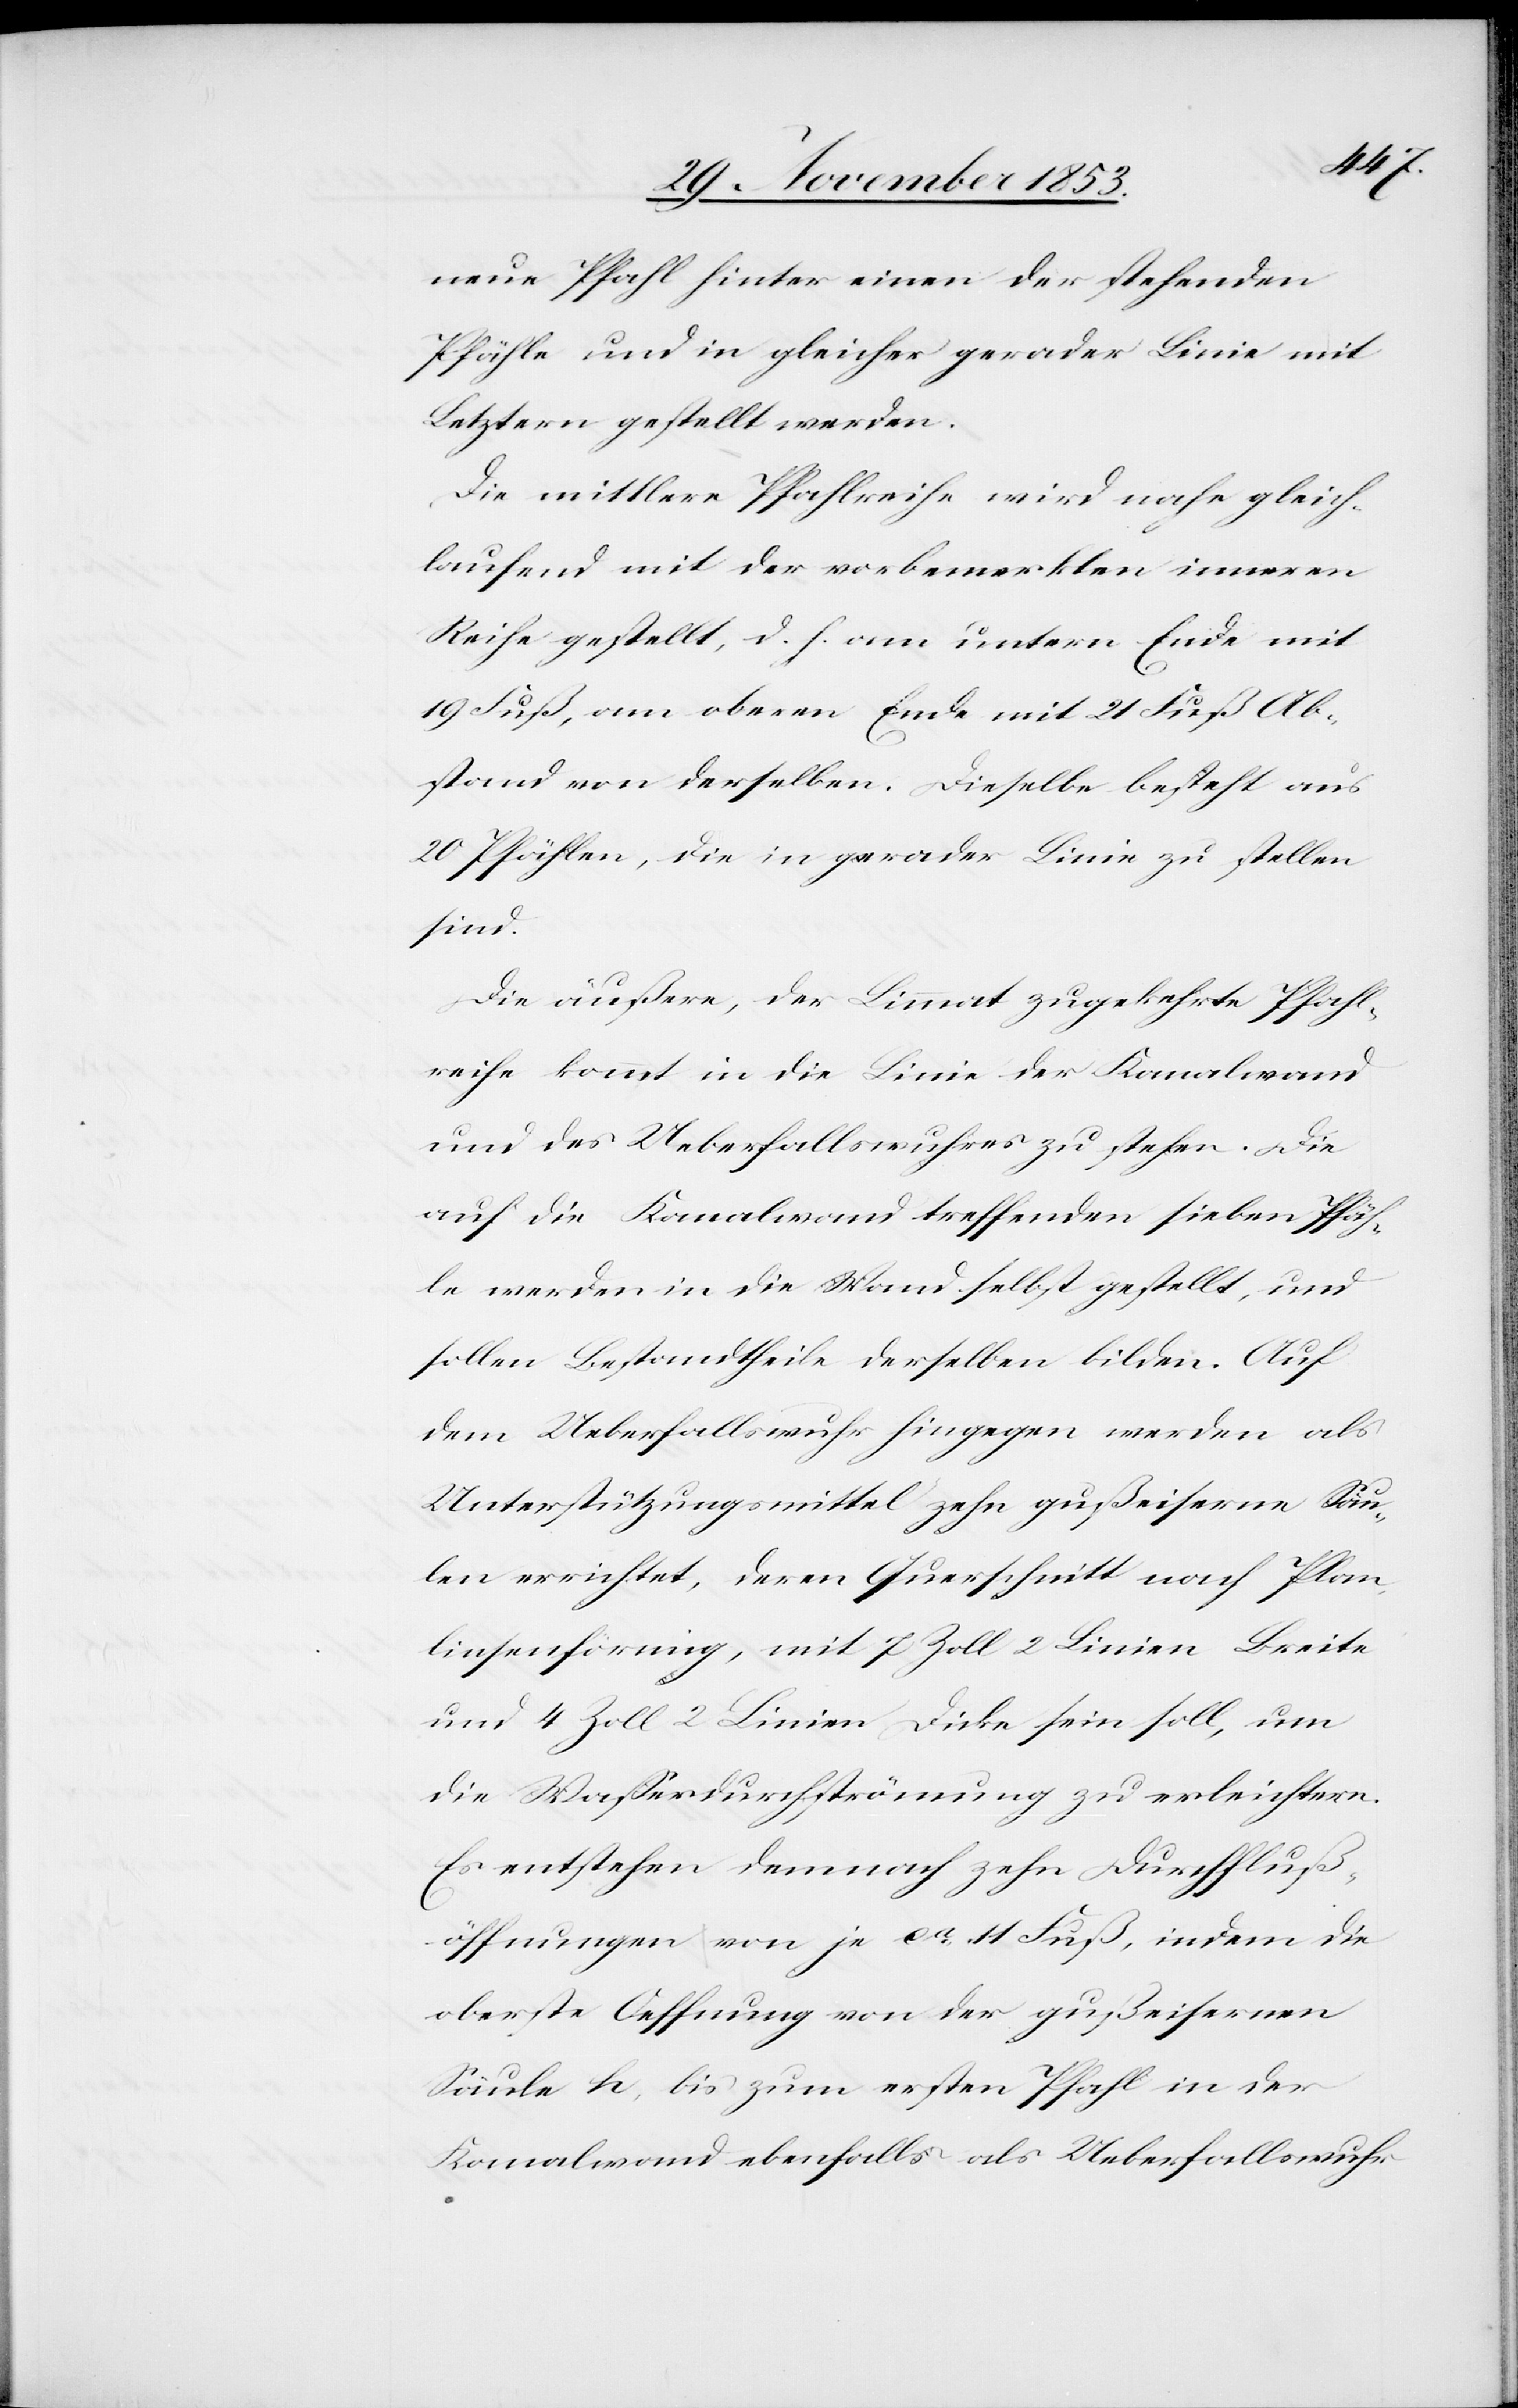
neue Pfahl hinter einen der stehenden
Pfähle und in gleicher gerader Linie mit
Letztern gestellt werden.
Die mittlere Pfahlreihe wird nahe gleich¬
laufend mit der vorbemerkten inneren
Reihe gestellt, d. h. am untern Ende mit
19 Fuß, am obern Ende mit 21 Fuß Ab¬
stand von derselben. Dieselbe besteht aus
20 Pfählen, die in gerader Linie zu stellen
sind.
Die äußere, der Limmat zugekehrte Pfahl¬
reihe kommt in die Linie der Kanalwand
und des Ueberfallwuhres zu stehen. Die
auf die Kanalwand treffenden sieben Pfäh¬
le werden in die Wand selbst gestellt, und
sollen Bestandtheile derselben bilden. Auf
dem Ueberfallswuhr hingegen werden als
Unterstützungsmittel zehn gußeiserne Säu¬
len errichtet, deren Querschnitt nach Plan,
linsenförmig, mit 7 Zoll 2 Linien Breite
und 4 Zoll 2 Linien Dicke sein soll, um
die Waßerdurchströmung zu erleichtern.
Es entstehen demnach zehn Durchfluß¬
öffnungen von je ca 11 Fuß, indem die
oberste Oeffnung von der gußeisernen
Säule h, bis zum ersten Pfahl in der
Kanalwand ebenfalls als Ueberfallswuhr